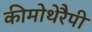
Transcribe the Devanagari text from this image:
कीमोथेरैपी